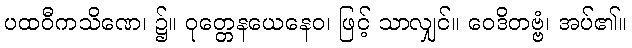
ပထဝီကသိဏေ၊ ၌။ ဝုတ္တေနယေနေဝ၊ ဖြင့် သာလျှင်။ ဝေဒိတဗ္ဗံ၊ အပ်၏။